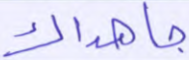
جاهداك